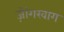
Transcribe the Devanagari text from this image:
ज़ोंगखाग